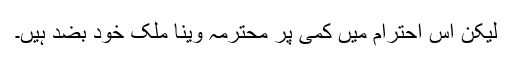
لیکن اس احترام میں کمی پر محترمہ وینا ملک خود بضد ہیں۔